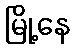
မြို့နေ